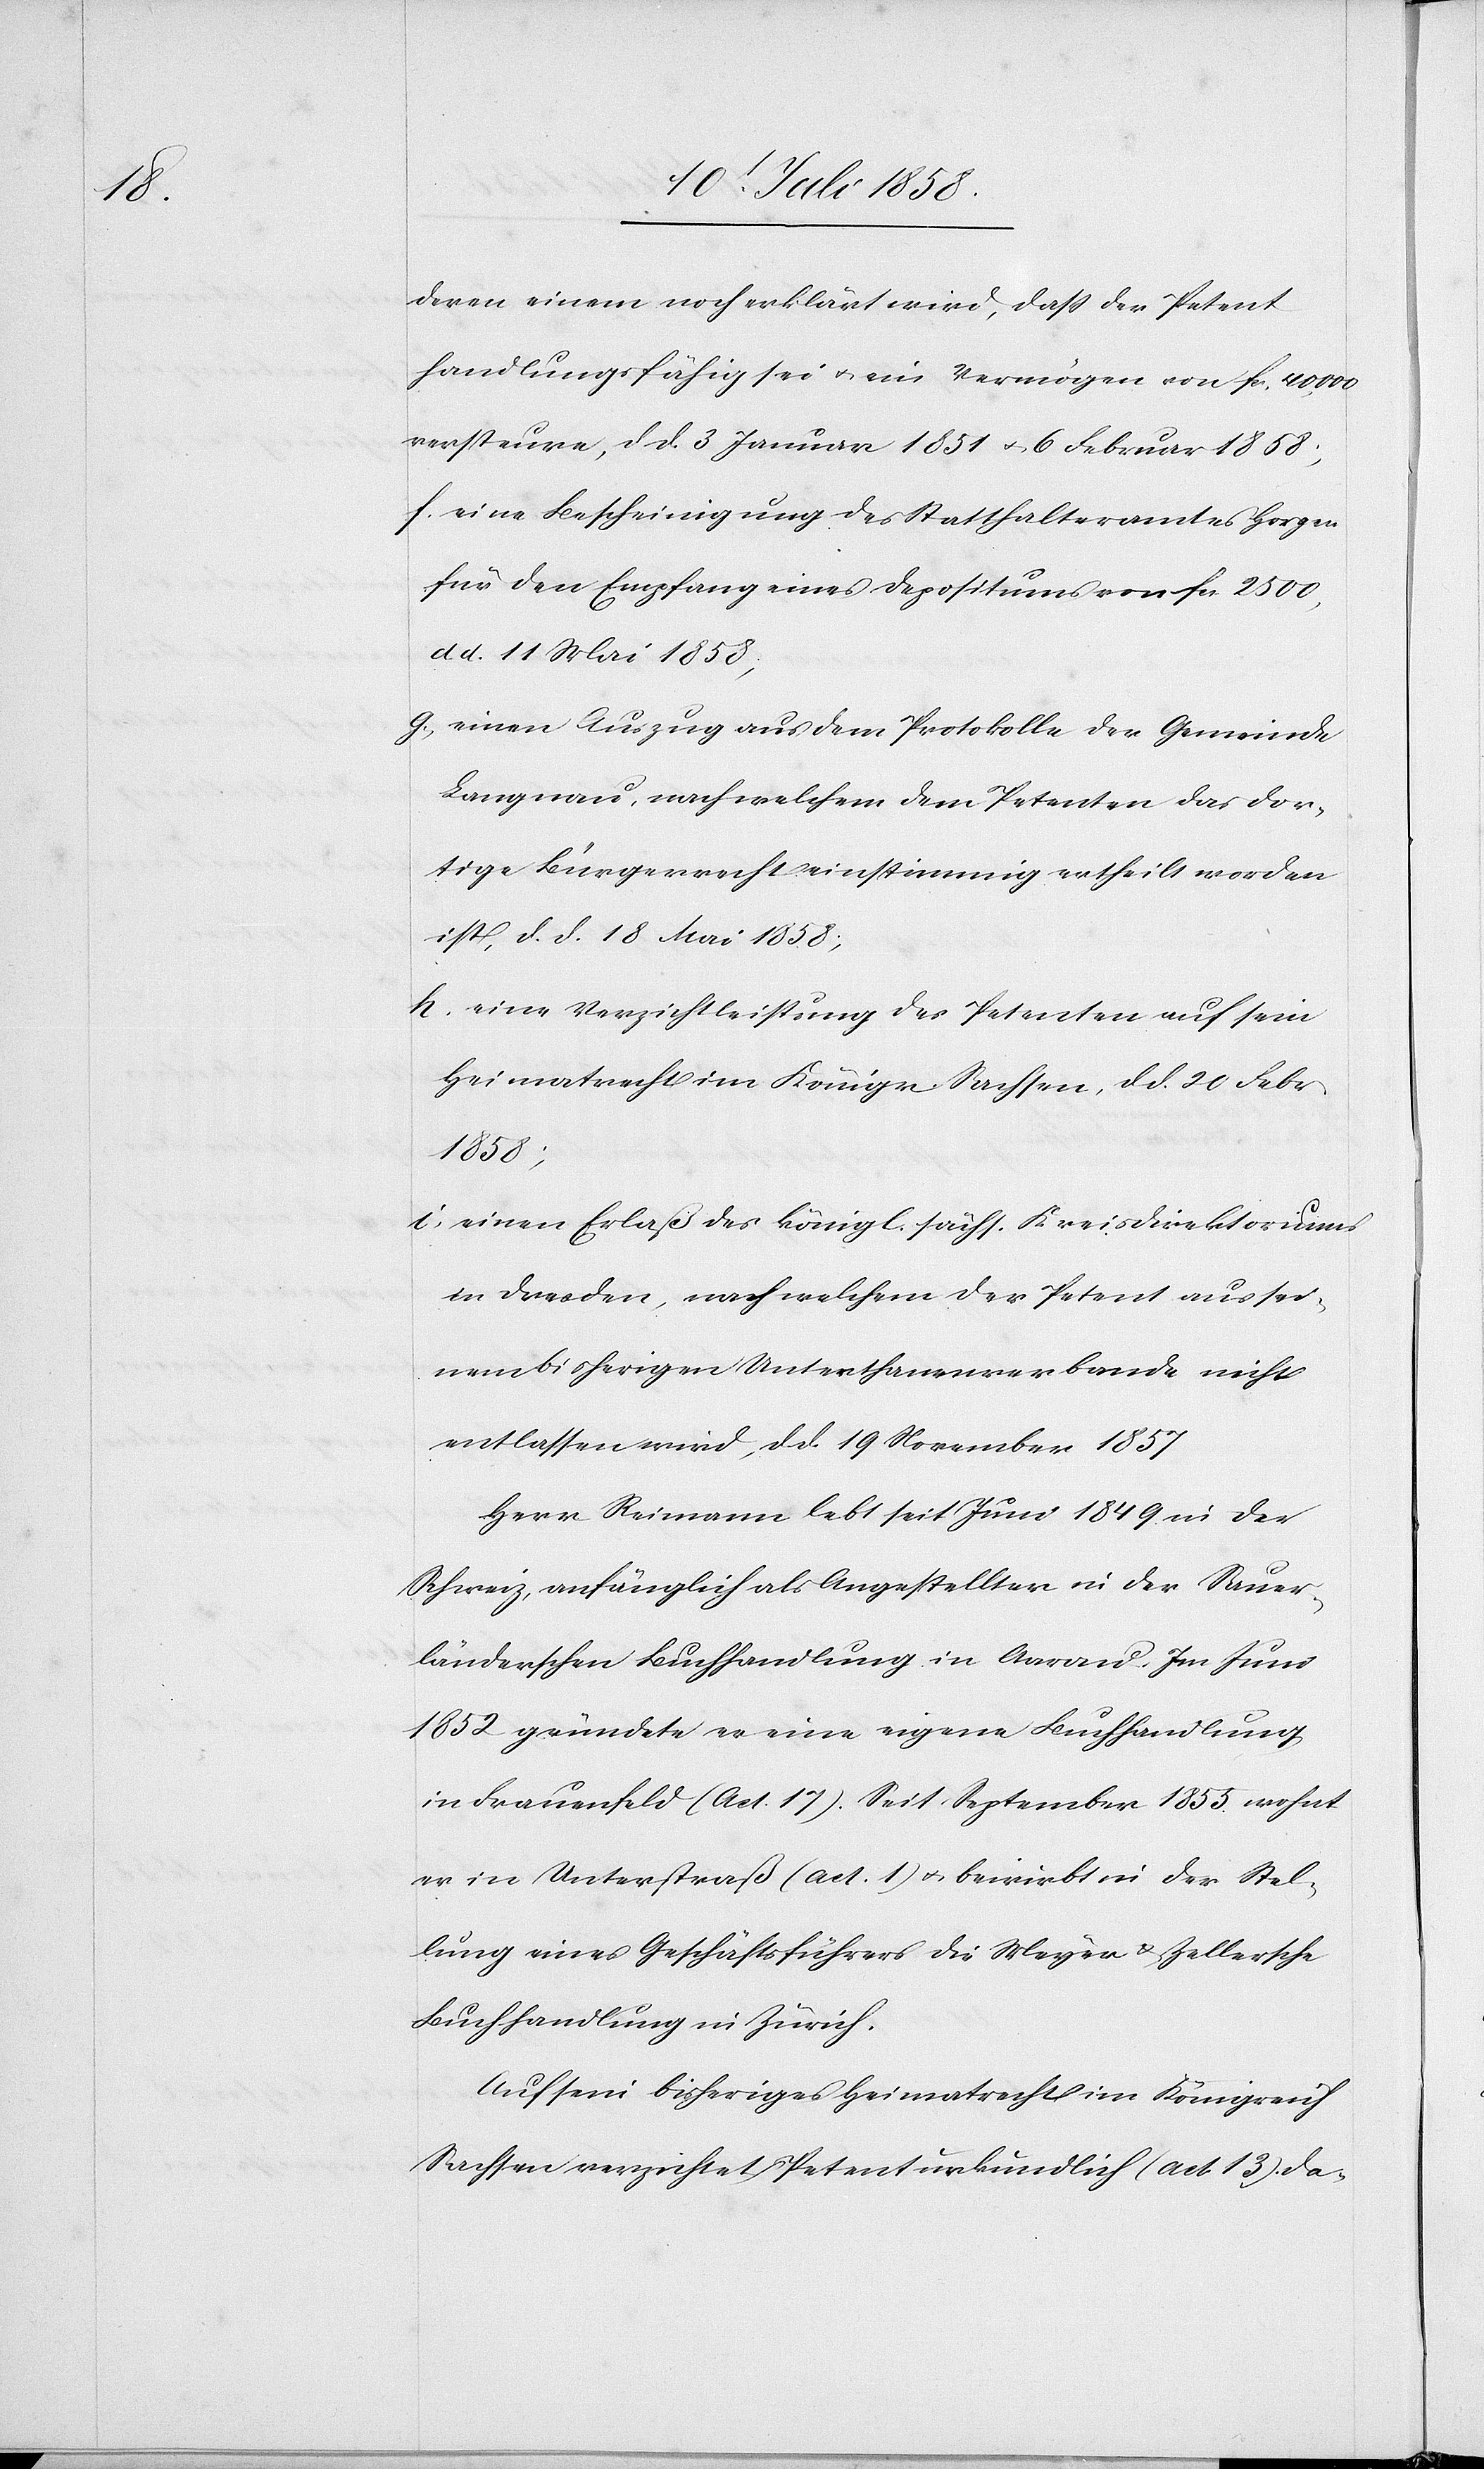
deren einem noch erklärt wird, dass der Petent
handlungsfähig sei & ein Vermögen von Fcs. 40,000
versteure, d. d. 3 Januar 1851 & 6 Februar 1858;
eine Bescheinigung des Statthalteramtes Horgen
für den Empfang eines Depositums von Fcs. 2500,
d. d. 11 Mai 1858;
einen Auszug aus dem Protokolle der Gemeinde
Langnau, nach welchem dem Petenten das dor¬
tige Bürgerrecht einstimmig ertheilt worden
ist, d. d. 18 Mai 1858;
eine Verzichtleistung des Petenten auf sein
Heimatrecht im Königr. Sachsen, d. d. 20 Febr
1858;
einen Erlaß des königl. sächs. Kreisdirektoriums
in Dresden, nach welchem der Petent aus sei¬
nem bisherigen Unterthanenverbande nicht
entlassen wird, d. d. 19 November 1857
Herr Reimann lebt seit Juni 1849 in der
Schweiz, anfänglich als Angestellter in der Sauer¬
länderschen Buchhandlung in Aarau. Im Juni
1852 gründete er eine eigene Buchhandlung
in Frauenfeld (Act. 17). Seit September 1855 wohnt
er in Unterstraß (act. 1) & bewirbt in der Stel¬
lung eines Geschäftsführers die Meyer & Zellersche
Buchhandlung in Zürich.
Auf sein bisheriges Heimatrecht im Königreich
Sachsen verzichtet Petent urkundlich (act. 13). Da-